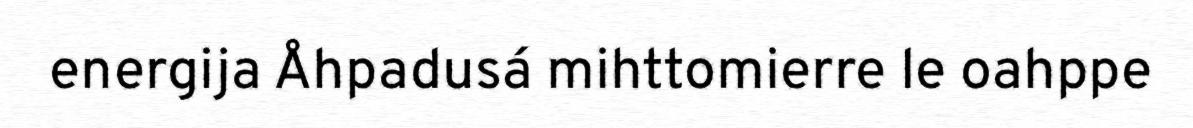
energija Åhpadusá mihttomierre le oahppe